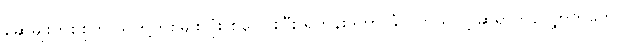
ဆွေမျိုးတစ်စုက သူတို့တစ်မျိုးလုံး စုပေါင်းပြီး ရဟန်းဒကာ ခံလိုတယ်လို့ ဆရာကိုလျှောက်တော့